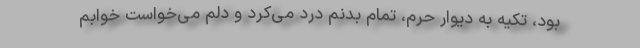
بود، تکیه به دیوار حرم، تمام بدنم درد می‌کرد و دلم می‌خواست خوابم